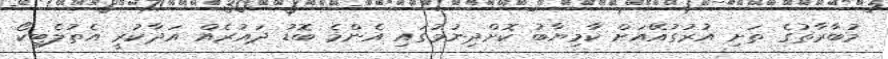
މުބާރާތުގެ ތަށި އުރުގުއޭއަށް ކާމިޔާބު ކޮށްދިނުމުގައި އެންމެ ބޮޑު ދައުރެއް އަދާކުރީ އެތުލެޓިކޯ